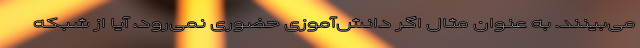
می‌بینند. به عنوان مثال اگر دانش‌آموزی حضوری نمی‌رود، آیا از شبکه